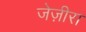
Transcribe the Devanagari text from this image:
जेज़ीरा